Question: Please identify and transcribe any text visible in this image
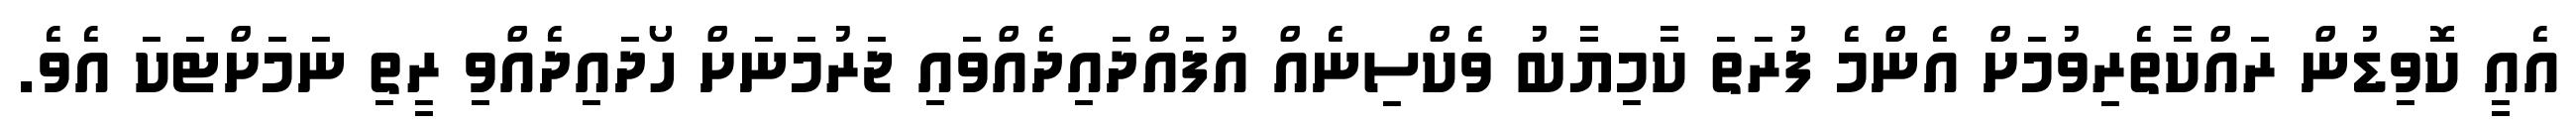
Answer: އެއީ ކޮވިޑުން ރައްކާތެރިވުމަށް އެންމެ ފުރަތަ ކާމިޔާބު ވެކްސިނެއް އުފައްދައިދެއްވައި ޖަރުމަަނަށް ހޯދައިދެއްވި ރީތި ނަމަށްޓަކަ އެވެ.